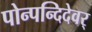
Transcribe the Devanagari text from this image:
पोन्पन्दिदेवर्